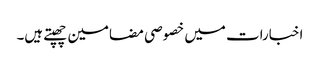
اخبارات میں خصوصی مضامین چھپتے ہیں۔